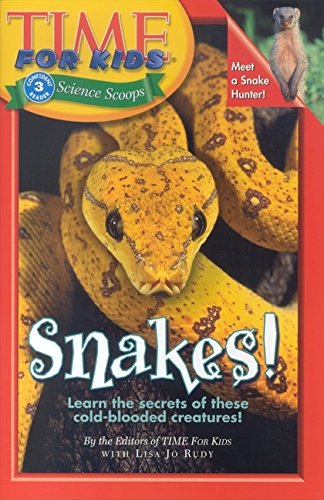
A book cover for Time For Kids: Snakes! (Time for Kids Science Scoops); Editors of TIME For Kids; Children's Books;